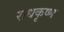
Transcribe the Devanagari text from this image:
राधकृष्ण